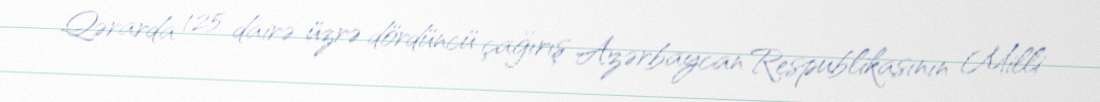
Qərarda 125 dairə üzrə dördüncü çağırış Azərbaycan Respublikasının Milli